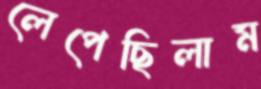
লেপেছিলাম